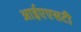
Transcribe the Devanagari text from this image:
आईएएसटी